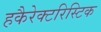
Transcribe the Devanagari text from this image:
हकैरेक्टरिस्टिक